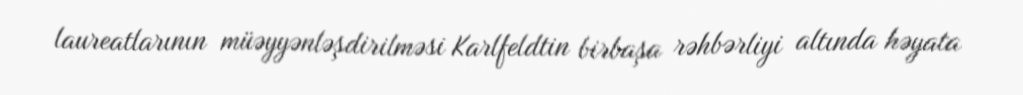
laureatlarının müəyyənləşdirilməsi Karlfeldtin birbaşa rəhbərliyi altında həyata